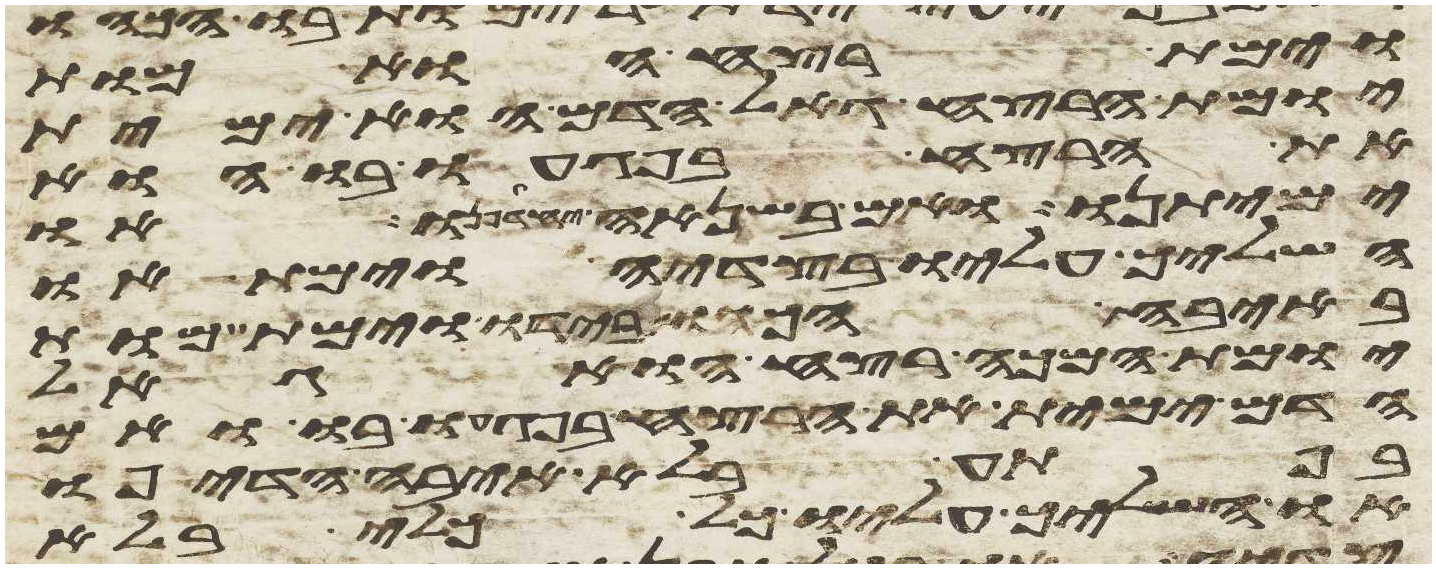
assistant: וימת רצח הוא מות
יומת הרצח גאל הדם הוא ימית
את הרצח בפגעו בו הוא
ימיתנו ואם בשנאה יחדיפנו או
השליך עליו בצדיה וימת או
באיבה הכהו בידו וימת מות
יומת המכה רצח הוא גאל
הדם ימית את הרצח בפגעו בו ואם
בפתע בלא איבה הדיפו
או השליך עליו כל כלי בלא